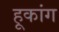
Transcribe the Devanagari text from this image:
हूकांग